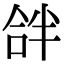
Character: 𠵵